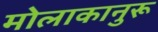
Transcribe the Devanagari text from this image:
मोलाकानुरू